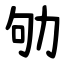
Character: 劬